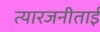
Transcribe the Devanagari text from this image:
त्यारजनीताई